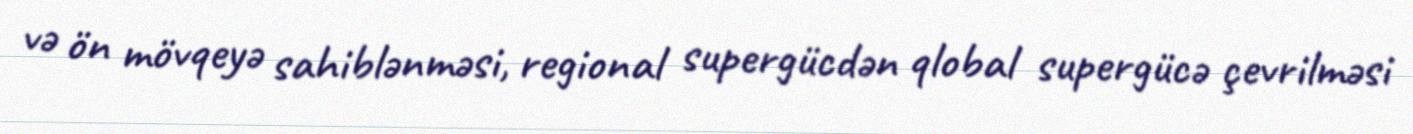
və ön mövqeyə sahiblənməsi, regional supergücdən qlobal supergücə çevrilməsi